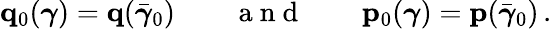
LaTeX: {\mathbf q}_{0}(\boldsymbol{\gamma})={\mathbf q}(\bar{\boldsymbol{\gamma}}_{0})\qquad\mathrm{~a~n~d~}\qquad{\mathbf p}_{0}(\boldsymbol{\gamma})={\mathbf p}(\bar{\boldsymbol{\gamma}}_{0})\, .